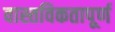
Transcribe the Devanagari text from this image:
वास्तविकतापूर्ण